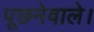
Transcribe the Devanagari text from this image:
पूछनेवाले।